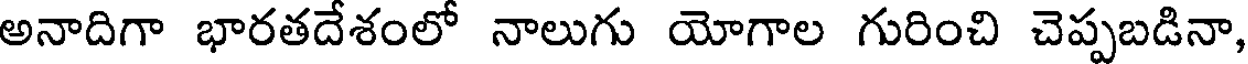
అనాదిగా భారతదేశంలో నాలుగు యోగాల గురించి చెప్పబడినా,